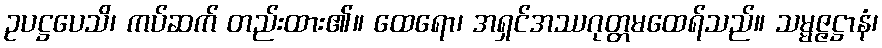
ဥပဋ္ဌပေသိ၊ ကပ်ဆက် တည်းထား၏။ ထေရော၊ အရှင်အဿဂုတ္တမထေရ်သည်။ သမ္မဇ္ဇဋ္ဌာနံ၊